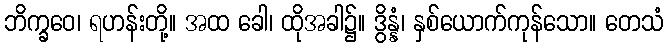
ဘိက္ခဝေ၊ ရဟန်းတို့။ အထ ခေါ၊ ထိုအခါ၌။ ဒွိန္နံ၊ နှစ်ယောက်ကုန်သော။ တေသံ